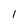
Character: 1